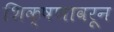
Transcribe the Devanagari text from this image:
शिक्षणावरून